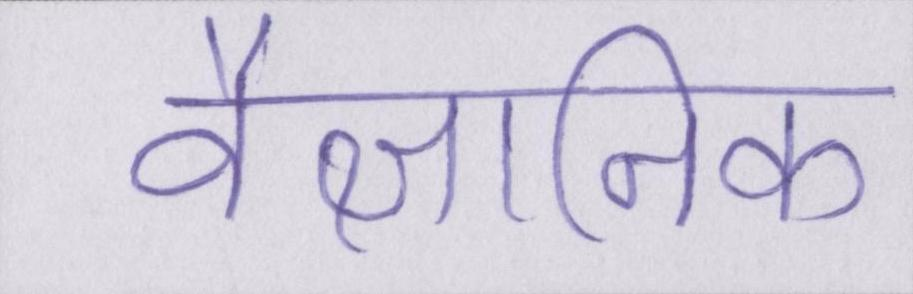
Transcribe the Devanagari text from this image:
वैज्ञानिक